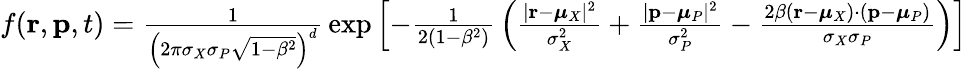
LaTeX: {\begin{array}{r}{f(\mathbf{r},\mathbf{p},t)={\frac{1}{\left(2\pi\sigma_{X}\sigma_{P}{\sqrt{1-\beta^{2}}}\right)^{d}}}\exp\left[-{\frac{1}{2(1-\beta^{2})}}\left({\frac{|\mathbf{r}-{\boldsymbol{\mu}}_{X}|^{2}}{\sigma_{X}^{2}}}+{\frac{|\mathbf{p}-{\boldsymbol{\mu}}_{P}|^{2}}{\sigma_{P}^{2}}}-{\frac{2\beta(\mathbf{r}-{\boldsymbol{\mu}}_{X})\cdot(\mathbf{p}-{\boldsymbol{\mu}}_{P})}{\sigma_{X}\sigma_{P}}}\right)\right]}\end{array}}